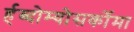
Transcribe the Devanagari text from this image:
र्हब्दोम्योसर्कोमा